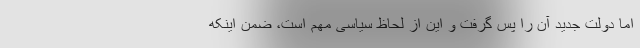
اما دولت جدید آن را پس گرفت و این از لحاظ سیاسی مهم است، ضمن اینکه